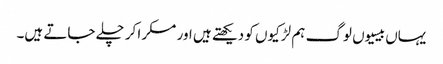
یہاں بیسیوں لوگ ہم لڑکیوں کو دیکھتے ہیں اور مسکرا کر چلے جاتے ہیں۔